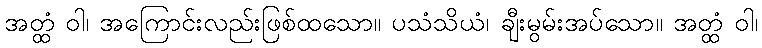
အတ္ထံ ဝါ၊ အကြောင်းလည်းဖြစ်ထသော။ ပသံသိယံ၊ ချီးမွမ်းအပ်သော။ အတ္ထံ ဝါ၊